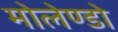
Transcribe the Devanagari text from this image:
मोलेण्डो